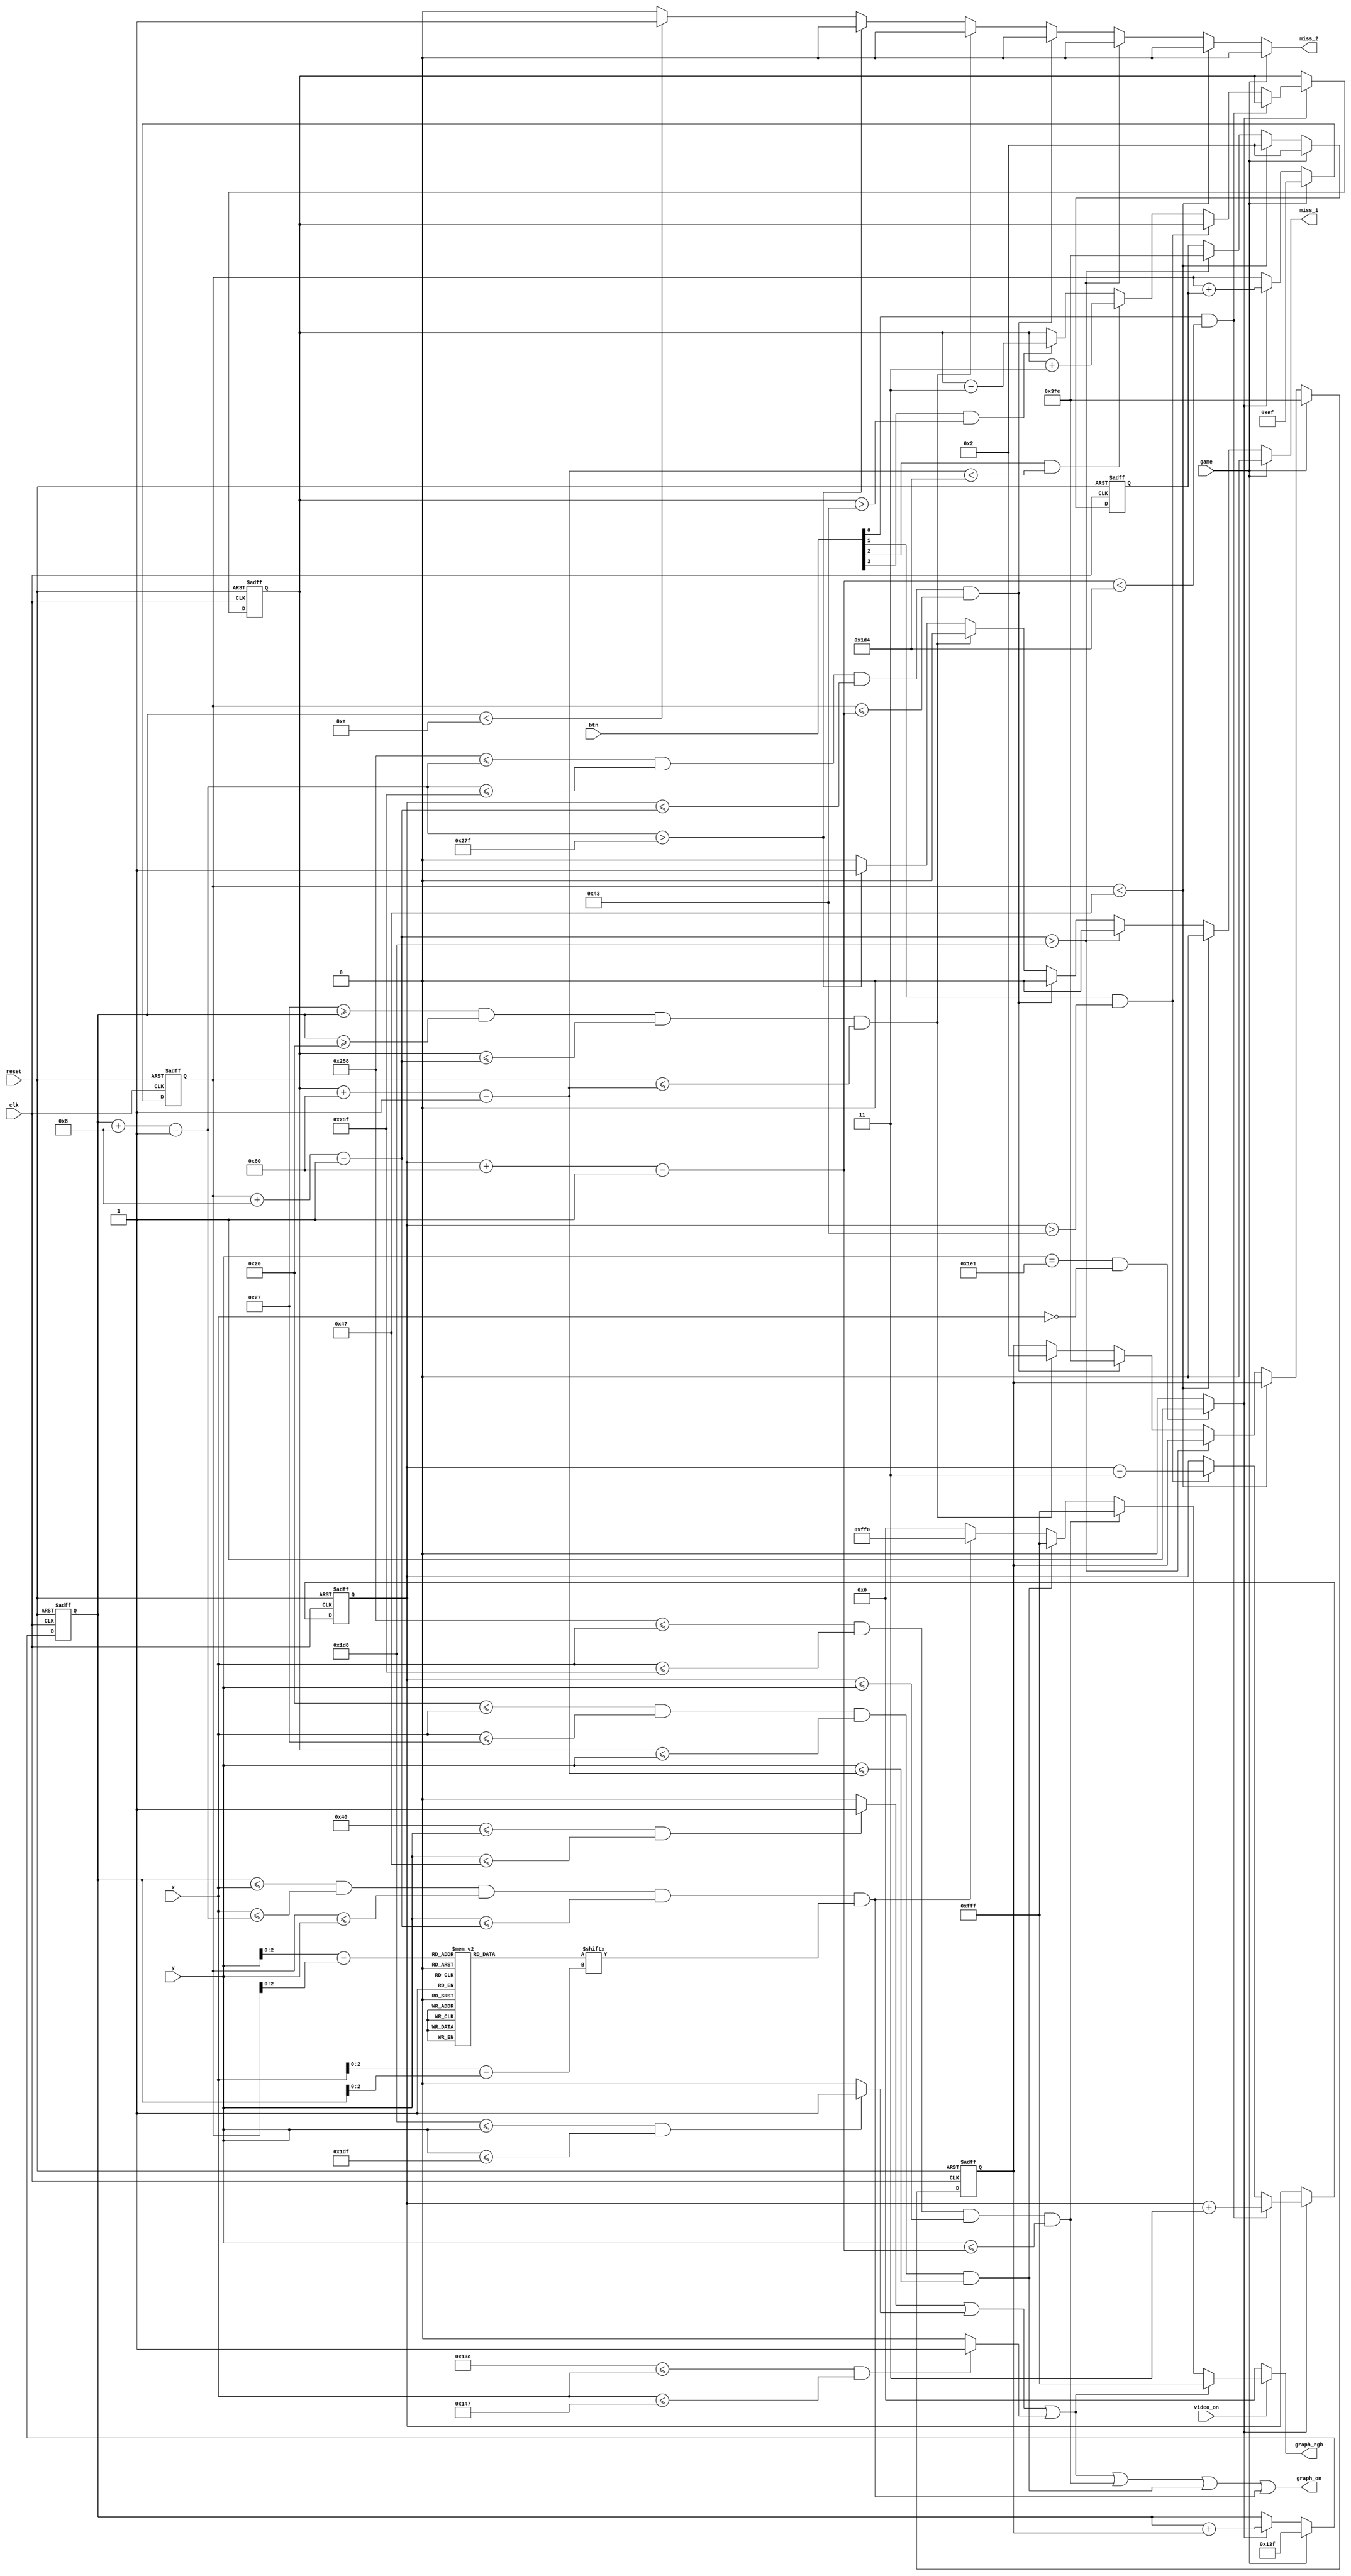
module component(
    input clk,  
    input reset,    
    input [3:0] btn,        // btn[0] = up, btn[1] = down
    input game,        // game on
    input video_on,
    input [9:0] x,
    input [9:0] y,
    output graph_on,
    output reg miss_1,  miss_2,   // ball miss
    output reg [11:0] graph_rgb
    );
    
    // maximum x, y values in display area
    parameter X_MAX = 639;
    parameter Y_MAX = 479;
    
    // 60Hz refresh tick
    wire refresh_tick;
    assign refresh_tick = ((y == 481) && (x == 0)) ? 1 : 0; // start of vsync(vertical retrace)

    
    
    // WALLS
    // TOP wall boundaries
    parameter TOP_WALL_T = 64;    
    parameter TOP_WALL_B = 71;    // 8 pixels wide
    // BOTTOM wall boundaries
    parameter BOTTOM_WALL_T = 472;    
    parameter BOTTOM_WALL_B = 479;    // 8 pixels wide
    // MIDDLE LINE
    parameter MID_LINE_T = 316;    
    parameter MID_LINE_B = 327;    // 12 pixels wide
    
    
    // PADDLE
    // paddle horizontal boundaries
    parameter X_PAD_L_1 = 600;
    parameter X_PAD_R_1 = 607;    // 8 pixels wide
    parameter X_PAD_L_2 = 32;
    parameter X_PAD_R_2 = 39;
    
    // paddle vertical boundary signals
    wire [9:0] y_pad_t_1, y_pad_b_1;
    wire [9:0] y_pad_t_2, y_pad_b_2;
    parameter PAD_HEIGHT = 96;  // 96 pixels high
    
    // register to track top boundary and buffer
    reg [9:0] y_pad_reg_1 = 204;      // Paddle starting position
    reg [9:0] y_pad_next_1;
    reg [9:0] y_pad_reg_2 = 204;      // Paddle starting position
    reg [9:0] y_pad_next_2;
    
    // paddle speed
    parameter PAD_SPEED = 3;
    
    
    // BALL
    // square rom boundaries
    parameter BALL_SIZE = 8;
    // ball horizontal boundary signals
    wire [9:0] x_ball_l, x_ball_r;
    // ball vertical boundary signals
    wire [9:0] y_ball_t, y_ball_b;
    // register to track top left position
    reg [9:0] y_ball_reg, x_ball_reg;
    // signals for register buffer
    wire [9:0] y_ball_next, x_ball_next;
    // registers to track ball speed and buffers
    reg [9:0] x_delta_reg, x_delta_next;
    reg [9:0] y_delta_reg, y_delta_next;
    // positive or negative ball SPEED
    parameter BALL_SPEED_POS = 2;    // ball speed positive pixel direction(down, right)
    parameter BALL_SPEED_NEG = -2;   // ball speed negative pixel direction(up, left)
    // round ball from square image
    wire [2:0] rom_addr, rom_col;   // 3-bit rom address and rom column
    reg [7:0] rom_data;             // data at current rom address
    wire rom_bit;                   // signify when rom data is 1 or 0 for ball rgb control
    
    
    // Register Control
    always @(posedge clk or posedge reset)
        if(reset) begin
            y_pad_reg_1 <= 204;
            y_pad_reg_2 <= 204;
            x_ball_reg <= 0;
            y_ball_reg <= 0;
            x_delta_reg <= 10'h002;
            y_delta_reg <= 10'h002;
        end
        else begin
            y_pad_reg_1 <= y_pad_next_1;
            y_pad_reg_2 <= y_pad_next_2;
            x_ball_reg <= x_ball_next;
            y_ball_reg <= y_ball_next;
            x_delta_reg <= x_delta_next;
            y_delta_reg <= y_delta_next;
        end
    
    
    // ball
    always @*
        case(rom_addr)
            3'b000 :    rom_data = 8'b00111100; //   ****  
            3'b001 :    rom_data = 8'b01111110; //  ******
            3'b010 :    rom_data = 8'b11111111; // ********
            3'b011 :    rom_data = 8'b11111111; // ********
            3'b100 :    rom_data = 8'b11111111; // ********
            3'b101 :    rom_data = 8'b11111111; // ********
            3'b110 :    rom_data = 8'b01111110; //  ******
            3'b111 :    rom_data = 8'b00111100; //   ****
        endcase
    
    
    // OBJECT STATUS SIGNALS
    wire t_wall_on, b_wall_on, pad_on, pad_on_2, sq_ball_on, ball_on;
    wire [11:0] wall_rgb, pad_rgb, pad_rgb_2, ball_rgb, bg_rgb;
    wire t_wall_on, b_wall_on, m_line_on, pad_on, pad_on_2, sq_ball_on, ball_on;
    
    // pixel within wall boundaries

    assign t_wall_on = ((TOP_WALL_T <= y) && (y <= TOP_WALL_B)) ? 1 : 0;
    assign b_wall_on = ((BOTTOM_WALL_T <= y) && (y <= BOTTOM_WALL_B)) ? 1 : 0;
    
    assign m_line_on = ((MID_LINE_T <= x) && (x <= MID_LINE_B)) ? 1 : 0;
    assign wall_rgb   = 12'hFFF;    // white walls
    assign pad_rgb    = 12'hFFF;    // blue paddle
    assign pad_rgb_2  = 12'hFFF;  // red paddle
    assign ball_rgb   = 12'hFF0;    // white ball
    assign bg_rgb     = 12'h000;    // black background
    
    
    // paddle 
    assign y_pad_t_1 = y_pad_reg_1;                             // paddle top position
    assign y_pad_b_1 = y_pad_t_1 + PAD_HEIGHT - 1;              // paddle bottom position
    assign y_pad_t_2 = y_pad_reg_2;                             // paddle top position
    assign y_pad_b_2 = y_pad_t_2 + PAD_HEIGHT - 1;              // paddle bottom position
    assign pad_on = (X_PAD_L_1 <= x) && (x <= X_PAD_R_1) &&     // pixel within paddle boundaries
                    (y_pad_t_1 <= y) && (y <= y_pad_b_1);
    assign pad_on_2 = (X_PAD_L_2 <= x) && (x <= X_PAD_R_2) &&     // pixel within paddle boundaries
                    (y_pad_t_2 <= y) && (y <= y_pad_b_2);
       
                    
    // Paddle Control
    always @* begin
        y_pad_next_1 = y_pad_reg_1;     // no move
        y_pad_next_2 = y_pad_reg_2;
        if(refresh_tick)
            if(btn[0] & (y_pad_b_1 < (BOTTOM_WALL_T - 1 - PAD_SPEED)))
            begin
                y_pad_next_1 = y_pad_reg_1 + PAD_SPEED;  // move down L
            end
            else if(btn[1] & (y_pad_t_1 > (TOP_WALL_B - 1 - PAD_SPEED)))
            begin
                y_pad_next_1 = y_pad_reg_1 - PAD_SPEED;  // move up  J
            end
            else if(btn[2] & (y_pad_b_2 < (BOTTOM_WALL_T - 1 - PAD_SPEED)))
            begin
                y_pad_next_2 = y_pad_reg_2 + PAD_SPEED;  // move down D
            end
            else if(btn[3] & (y_pad_t_2 > (TOP_WALL_B - 1 - PAD_SPEED)))
            begin
                y_pad_next_2 = y_pad_reg_2 - PAD_SPEED;  // move up A
            end
    end
    
    
    // rom data square boundaries
    assign x_ball_l = x_ball_reg;
    assign y_ball_t = y_ball_reg;
    assign x_ball_r = x_ball_l + BALL_SIZE - 1;
    assign y_ball_b = y_ball_t + BALL_SIZE - 1;
    // pixel within rom square boundaries
    assign sq_ball_on = (x_ball_l <= x) && (x <= x_ball_r) &&
                        (y_ball_t <= y) && (y <= y_ball_b);
    // map current pixel location to rom addr/col
    assign rom_addr = y[2:0] - y_ball_t[2:0];   // 3-bit address
    assign rom_col = x[2:0] - x_ball_l[2:0];    // 3-bit column index
    assign rom_bit = rom_data[rom_col];         // 1-bit signal rom data by column
    // pixel within round ball
    assign ball_on = sq_ball_on & rom_bit;      // within square boundaries AND rom data bit == 1
 
  
    // new ball position
    assign x_ball_next = (game) ? X_MAX / 2 :
                         (refresh_tick) ? x_ball_reg + x_delta_reg : x_ball_reg;
    assign y_ball_next = (game) ? Y_MAX / 2 :
                         (refresh_tick) ? y_ball_reg + y_delta_reg : y_ball_reg;
    
    // change ball direction after collision
    always @* begin
        miss_1 = 1'b0;
        miss_2 = 1'b0;
        x_delta_next = x_delta_reg;
        y_delta_next = y_delta_reg;
        
        if(game) begin
            x_delta_next = BALL_SPEED_NEG;
            y_delta_next = BALL_SPEED_POS;
        end
        
        else if(y_ball_t < TOP_WALL_B)             // reach top
            y_delta_next = BALL_SPEED_POS;   // move down
        
        else if(y_ball_b > (BOTTOM_WALL_T))         // reach bottom wall
            y_delta_next = BALL_SPEED_NEG;  // move up

        
        else if((X_PAD_L_1 <= x_ball_r) && (x_ball_r <= X_PAD_R_1) &&
                (y_pad_t_1 <= y_ball_b) && (y_ball_t <= y_pad_b_1)) 
                    x_delta_next = BALL_SPEED_NEG;

        else if((X_PAD_R_2 >= x_ball_l) && (x_ball_l >= X_PAD_L_2) &&
                (y_pad_t_2 <= y_ball_b) && (y_ball_t <= y_pad_b_2)) 
                    x_delta_next = BALL_SPEED_POS;

        else if(x_ball_r > X_MAX)  // P1 get score (P2 miss)
            miss_1 = 1'b1;
        else if(x_ball_l < 10) // P2 get score (P1 miss)
            miss_2 = 1'b1;
    end                    
    
    // output status signal for graphics 
    assign graph_on = t_wall_on | b_wall_on | m_line_on | pad_on | pad_on_2 | ball_on;
    
    
    // rgb multiplexing circuit
    always @*
        if(~video_on)
            graph_rgb = 12'h000;      // no value, blank
        else
            if(t_wall_on | b_wall_on | m_line_on)
                graph_rgb = wall_rgb;     // wall color
            else if(pad_on)
                graph_rgb = pad_rgb;      // paddle color
            else if(pad_on_2)
                graph_rgb = pad_rgb_2;      // paddle color
            else if(ball_on)
                graph_rgb = ball_rgb;     // ball color
            else
                graph_rgb = bg_rgb;       // background
       
endmodule